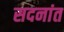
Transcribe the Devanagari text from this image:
सदनांत